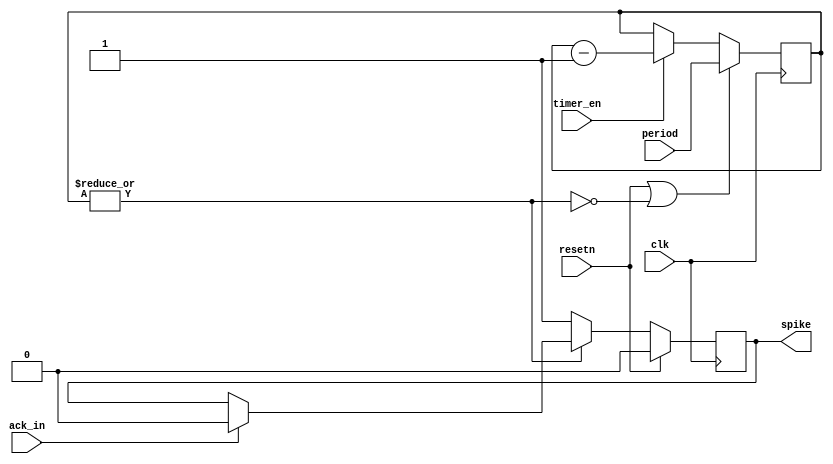
module input_neuron(period, clk, ack_in, spike, resetn, timer_en);
input [3:0] period;
input clk, resetn;
input ack_in;
input timer_en;
output reg spike;

reg[3:0] counter;
wire timer_out;

assign timer_out = ~(|counter);

always@(posedge clk)
begin
    if(resetn | timer_out)
      counter <= period;
    else begin
      if(timer_en)
        counter <= counter-2'b01;
      else
        counter <= counter;
    end
end

always@(posedge clk)
begin
    spike <= spike;
    if(resetn)
      spike <= 0;
    else if(timer_out)
      spike <= 1;
    else if(ack_in)
      spike <= 0;
end

endmodule